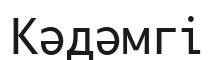
Кәдәмгі